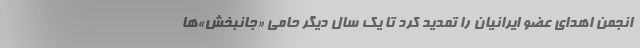
انجمن اهدای عضو ایرانیان را تمدید کرد تا یک سال دیگر حامی «جانبخش‌»ها